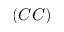
( C C )